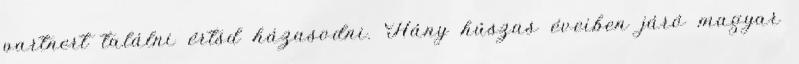
partnert találni értsd házasodni. Hány húszas éveiben járó magyar